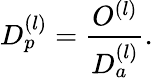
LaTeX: D_{p}^{(l)}={\frac{O^{(l)}}{D_{a}^{(l)}}}.